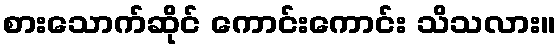
စားသောက်ဆိုင် ကောင်းကောင်း သိသလား။